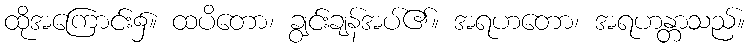
ထိုအကြောင်း၌။ ထပိတော၊ ချွင်းချန်အပ်၏။ အရဟတော၊ အရဟန္တာသည်။